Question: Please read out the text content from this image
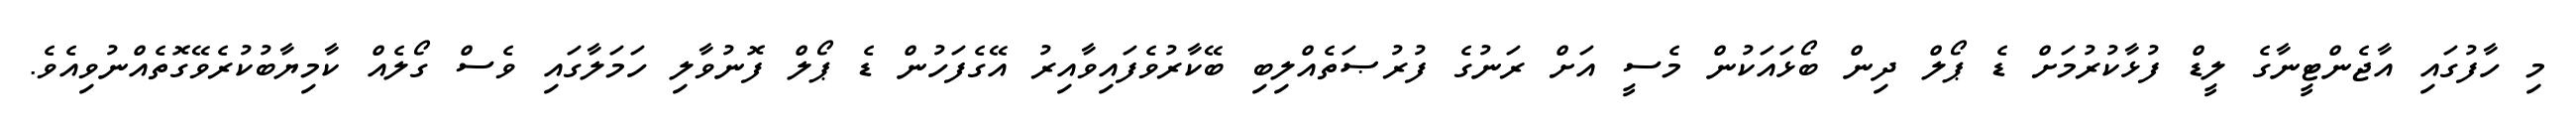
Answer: މި ހާފުގައި އާޖެންޓީނާގެ ލީޑް ފުޅާކުރުމަށް ޑެ ޕޯލް ދިން ބޯޅައަކުން މެސީ އަށް ރަނުގެ ފުރުޞަތެއްލިބި ބޭކާރުވެފައިވާއިރު އޭގެފަހުން ޑެ ޕޯލް ފޮނުވާލި ހަމަލާގައި ވެސް ގޯލެއް ކާމިޔާބުކުރެވޭގޮތެއްނުވިއެވެ.